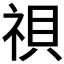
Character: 𬒹